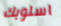
اسلوبك